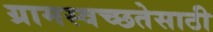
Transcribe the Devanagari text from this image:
ग्रामस्वच्छतेसाठी